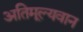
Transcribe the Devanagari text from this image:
अतिमूल्यवान